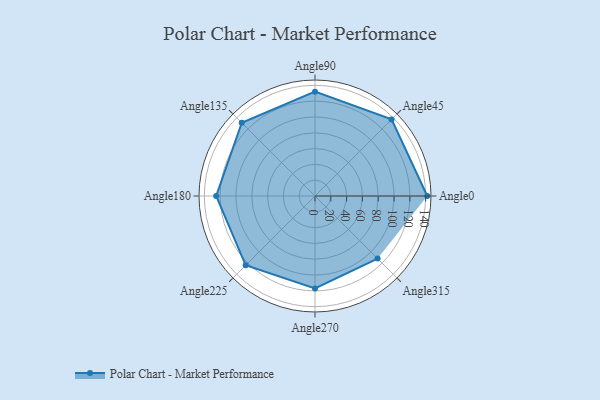
{"axis": {"x": "Angle", "y": "Radius"}, "legend": [""], "data": [{"x": "Angle0", "y": 142.0, "type": ""}, {"x": "Angle45", "y": 137.0, "type": ""}, {"x": "Angle90", "y": 132.0, "type": ""}, {"x": "Angle135", "y": 131.0, "type": ""}, {"x": "Angle180", "y": 125.0, "type": ""}, {"x": "Angle225", "y": 124.0, "type": ""}, {"x": "Angle270", "y": 117.0, "type": ""}, {"x": "Angle315", "y": 112.0, "type": ""}]}